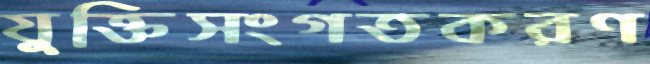
যুক্তিসংগতকরণ